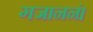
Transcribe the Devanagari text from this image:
गजाननं।